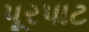
પૂરપાટ